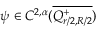
\psi \in C ^ { 2 , \alpha } ( \overline { { Q _ { { r } / { 2 } , { R } / { 2 } } ^ { + } } } )